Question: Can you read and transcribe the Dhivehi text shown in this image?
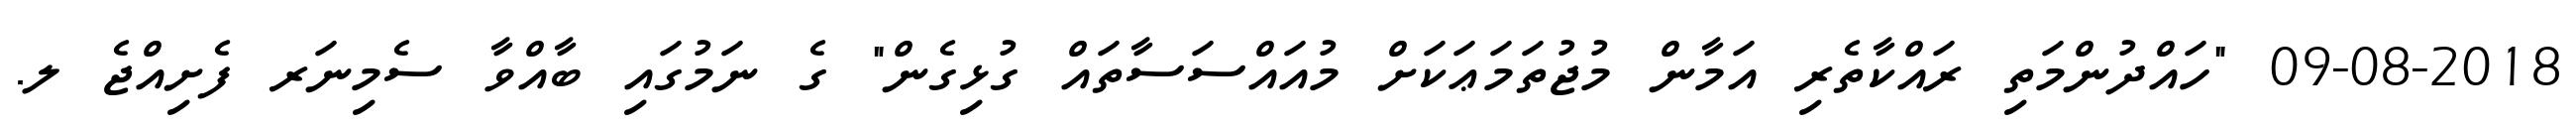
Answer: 09-08-2018 "ހައްދުންމަތި ރައްކާތެރި އަމާން މުޖުތަމަޢަކަށް މުއައްސަސާތައް ގުޅިގެން" ގެ ނަމުގައި ބާއްވާ ސެމިނަރ ފެށިއްޖެ ލ.